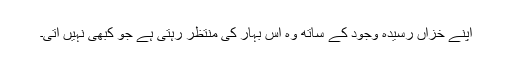
اپنے خزاں رسیدہ وجود کے ساتھ وہ اس بہار کی منتظر رہتی ہے جو کبھی نہیں آتی۔